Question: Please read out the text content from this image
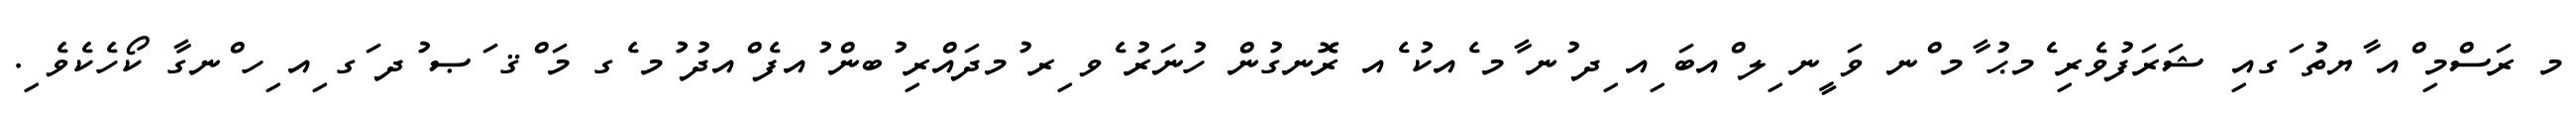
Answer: މ ރަސްމި ްއ ާޔތު ަގއި ޝަރަފުވެރި ެމޙު ާމ ްނ ވަ ީނ ިލ ްއބަ ިއ ިދ ުނ ާމ ެއކު ެއ ރޮނގުން ހުނަރު ެވ ިރ ުމދައްރި ުބން ުއފެ ްއދު ުމ ެގ މަ ްޤ ަޞ ުދ ަގ ިއ ިހ ްނގާ ކޯހެކެވެ ި.